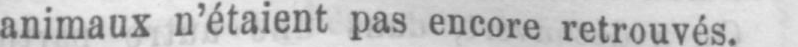
animaux n’étaient pas encore retrouvés.